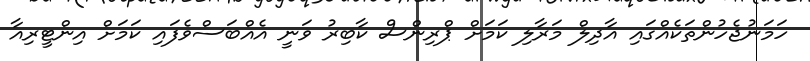
ހަމަނުޖެހުންތަކެއްގައި އާދިލް މަރާލި ކަމަށް ޕްރިންސް ކާބިރު ވަނީ އެއްބަސްވެފައި ކަމަށް އިންޓީރިއާ